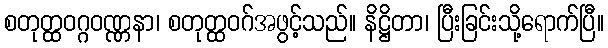
စတုတ္ထဝဂ္ဂဝဏ္ဏနာ၊ စတုတ္ထဝဂ်အဖွင့်သည်။ နိဋ္ဌိတာ၊ ပြီးခြင်းသို့ရောက်ပြီ။